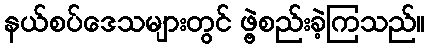
နယ်စပ်ဒေသများတွင် ဖွဲ့စည်းခဲ့ကြသည်။